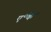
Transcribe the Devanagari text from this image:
ए॰के॰